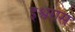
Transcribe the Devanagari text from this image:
इश्वरास